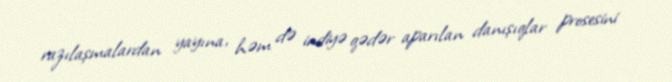
razılaşmalardan yayına, həm də indiyə qədər aparılan danışıqlar prosesini